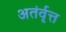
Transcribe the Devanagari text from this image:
अतंर्वृत्त